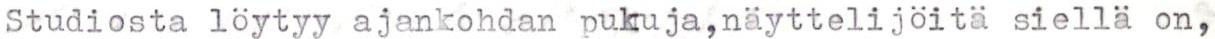
Studiosta löytyy ajankohdan pukuja,näyttelijöitä siellä on,